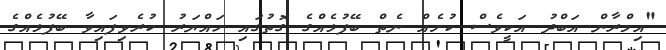
"އިމްރާން އަބްދު އަކީވެސް ކުށެއް ނެތް ބޭފުޅެއްގެ ގޮތުގައި ހައްޔަރު ކުރެވިފައިވާ ބޭފުޅެއްގެ